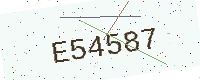
Text: E54587